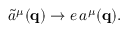
\tilde { a } ^ { \mu } ( { \mathbf { q } } ) \rightarrow e \, a ^ { \mu } ( { \mathbf { q } } ) .